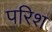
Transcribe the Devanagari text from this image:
परिश